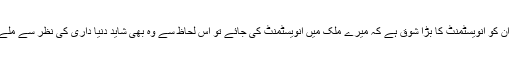
آج کل ان کو انویسٹمنٹ کا بڑا شوق ہے کہ میرے ملک میں انویسٹمنٹ کی جائے تو اس لحاظ سے وہ بھی شاید دنیا داری کی نظر سے ملے تھے۔